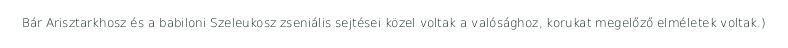
Bár Arisztarkhosz és a babiloni Szeleukosz zseniális sejtései közel voltak a valósághoz, korukat megelőző elméletek voltak.)